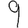
Digit: 9